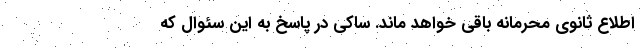
اطلاع ثانوی محرمانه باقی خواهد ماند. ساکی در پاسخ به این سئوال که